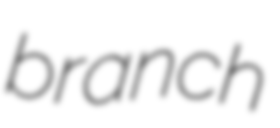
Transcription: branch